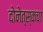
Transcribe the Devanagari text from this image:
दोनेत्स्कचा